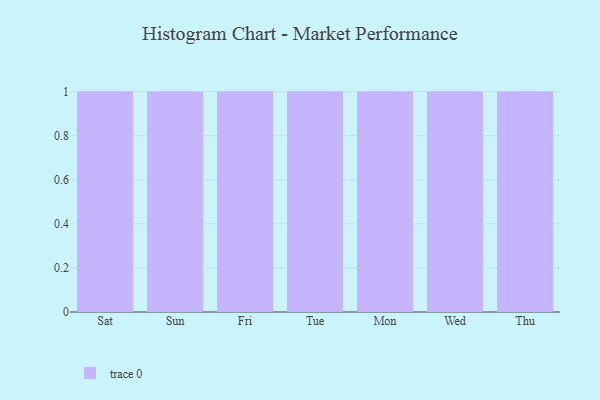
{"axis": {"x": "Day", "y": "Satisfaction Score"}, "legend": [""], "data": [{"x": "Sat", "y": 7, "type": ""}, {"x": "Sun", "y": 65, "type": ""}, {"x": "Fri", "y": 33, "type": ""}, {"x": "Tue", "y": 86, "type": ""}, {"x": "Mon", "y": 74, "type": ""}, {"x": "Wed", "y": 17, "type": ""}, {"x": "Thu", "y": 27, "type": ""}]}